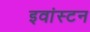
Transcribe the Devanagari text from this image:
इवांस्टन